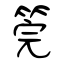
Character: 筦